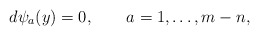
\begin{align*}d\psi_a(y) = 0, \qquad a = 1,\ldots, m-n,\end{align*}